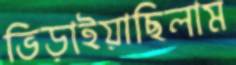
ভিড়াইয়াছিলাম